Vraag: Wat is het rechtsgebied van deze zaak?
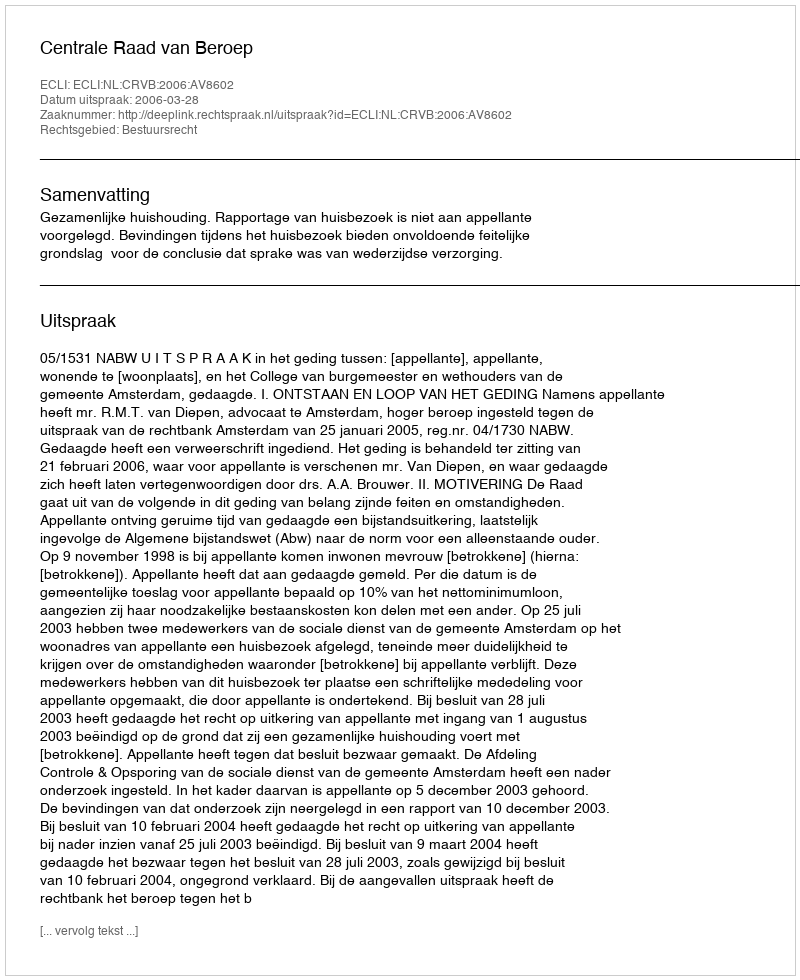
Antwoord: Bestuursrecht